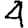
Digit: 4